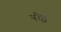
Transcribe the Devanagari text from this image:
बौर्द्ध